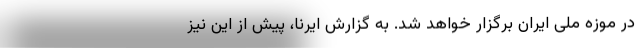
در موزه ملی ایران برگزار خواهد شد. به گزارش ایرنا، پیش از این نیز